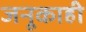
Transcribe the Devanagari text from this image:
जनूकाही